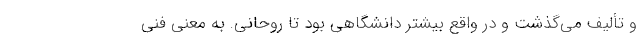
و تألیف می‌گذشت و در واقع بیشتر دانشگاهی بود تا روحانی. به معنی فنی